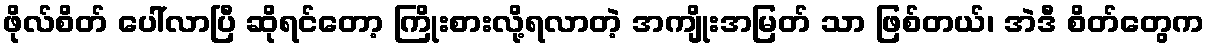
ဖိုလ်စိတ် ပေါ်လာပြီ ဆိုရင်တော့ ကြိုးစားလို့ရလာတဲ့ အကျိုးအမြတ် သာ ဖြစ်တယ်၊ အဲဒီ စိတ်တွေက